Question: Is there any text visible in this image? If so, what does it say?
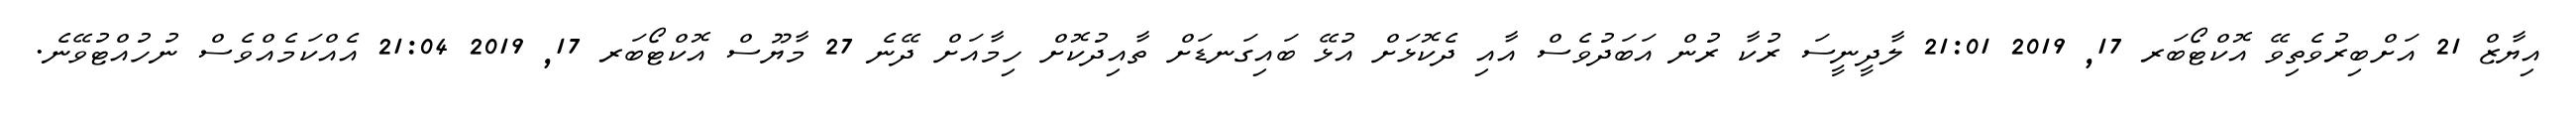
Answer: އިޔާޒް 21 އަށްބިރުވެތިވޭ އޮކްޓޯބަރ 17, 2019 21:01 ލާދީނީސަ ރުކާ ރުން އަބަދުވެސް އާއި ދެކޮޅަށް އުޅޭ ބައިގަނޑަށް ތާއިދުކޮށް ހިމާއަށް ދޭނެ 27 މާޔޫސް އޮކްޓޯބަރ 17, 2019 21:04 އެއްކަމެއްވެސް ނުހުއްޓުވޭނެ.